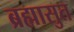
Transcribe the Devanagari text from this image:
ब्रह्मासुत